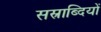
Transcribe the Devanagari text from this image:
सस्राब्दियों